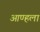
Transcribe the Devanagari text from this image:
आण्हला